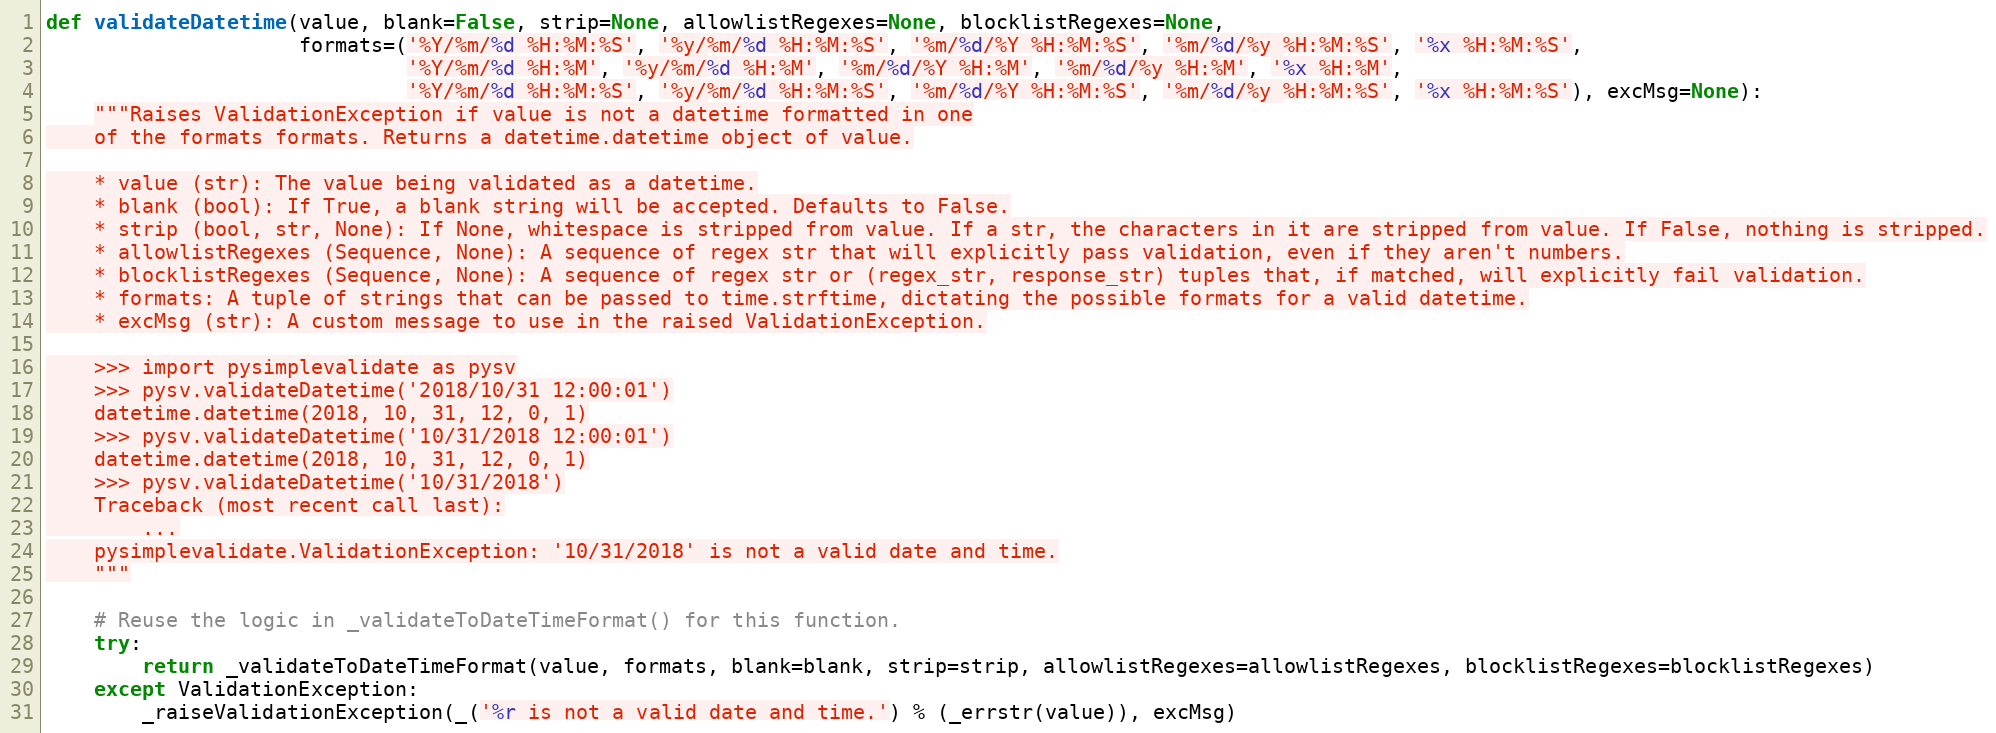
Language: Python
def validateDatetime(value, blank=False, strip=None, allowlistRegexes=None, blocklistRegexes=None,
                     formats=('%Y/%m/%d %H:%M:%S', '%y/%m/%d %H:%M:%S', '%m/%d/%Y %H:%M:%S', '%m/%d/%y %H:%M:%S', '%x %H:%M:%S',
                              '%Y/%m/%d %H:%M', '%y/%m/%d %H:%M', '%m/%d/%Y %H:%M', '%m/%d/%y %H:%M', '%x %H:%M',
                              '%Y/%m/%d %H:%M:%S', '%y/%m/%d %H:%M:%S', '%m/%d/%Y %H:%M:%S', '%m/%d/%y %H:%M:%S', '%x %H:%M:%S'), excMsg=None):
    """Raises ValidationException if value is not a datetime formatted in one
    of the formats formats. Returns a datetime.datetime object of value.

    * value (str): The value being validated as a datetime.
    * blank (bool): If True, a blank string will be accepted. Defaults to False.
    * strip (bool, str, None): If None, whitespace is stripped from value. If a str, the characters in it are stripped from value. If False, nothing is stripped.
    * allowlistRegexes (Sequence, None): A sequence of regex str that will explicitly pass validation, even if they aren't numbers.
    * blocklistRegexes (Sequence, None): A sequence of regex str or (regex_str, response_str) tuples that, if matched, will explicitly fail validation.
    * formats: A tuple of strings that can be passed to time.strftime, dictating the possible formats for a valid datetime.
    * excMsg (str): A custom message to use in the raised ValidationException.

    >>> import pysimplevalidate as pysv
    >>> pysv.validateDatetime('2018/10/31 12:00:01')
    datetime.datetime(2018, 10, 31, 12, 0, 1)
    >>> pysv.validateDatetime('10/31/2018 12:00:01')
    datetime.datetime(2018, 10, 31, 12, 0, 1)
    >>> pysv.validateDatetime('10/31/2018')
    Traceback (most recent call last):
        ...
    pysimplevalidate.ValidationException: '10/31/2018' is not a valid date and time.
    """

    # Reuse the logic in _validateToDateTimeFormat() for this function.
    try:
        return _validateToDateTimeFormat(value, formats, blank=blank, strip=strip, allowlistRegexes=allowlistRegexes, blocklistRegexes=blocklistRegexes)
    except ValidationException:
        _raiseValidationException(_('%r is not a valid date and time.') % (_errstr(value)), excMsg)